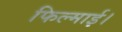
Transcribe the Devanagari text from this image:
फिल्माई।